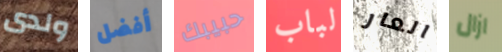
ولدى أفضل حبيبك لباب العار ازال